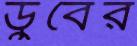
ডুবের